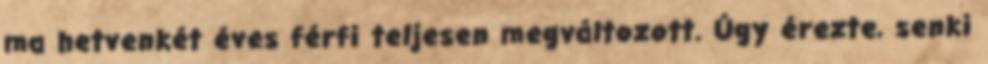
ma hetvenkét éves férfi teljesen megváltozott. Úgy érezte, senki